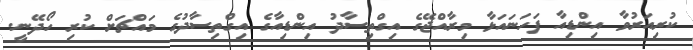
ކުރިއަރުވާ އިންޑިއާ ފަހަނައަޅާ މިރާއްޖޭގެ އިގްތިސާދު އިންޑިއާގެ އިގްތިސާދުގެ މައްޗަށް ކުރި ހޯދޭނީ.